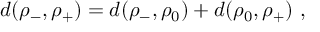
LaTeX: d ( \rho _ { - } , \rho _ { + } ) = d ( \rho _ { - } , \rho _ { 0 } ) + d ( \rho _ { 0 } , \rho _ { + } ) \ ,